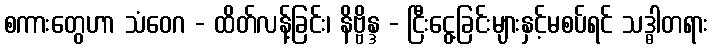
စကားတွေဟာ သံဝေဂ - ထိတ်လန့်ခြင်း၊ နိဗ္ဗိန္ဒ - ငြီးငွေ့ခြင်းများနှင့်မစပ်ရင် သဒ္ဓါတရား